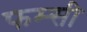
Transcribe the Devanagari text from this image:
फम्सी